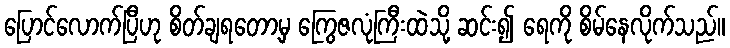
ပြောင်လောက်ပြီဟု စိတ်ချရတော့မှ ကြွေဇလုံကြီးထဲသို့ ဆင်း၍ ရေကို စိမ်နေလိုက်သည်။